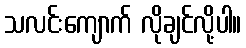
သလင်းကျောက် လိုချင်လို့ပါ။